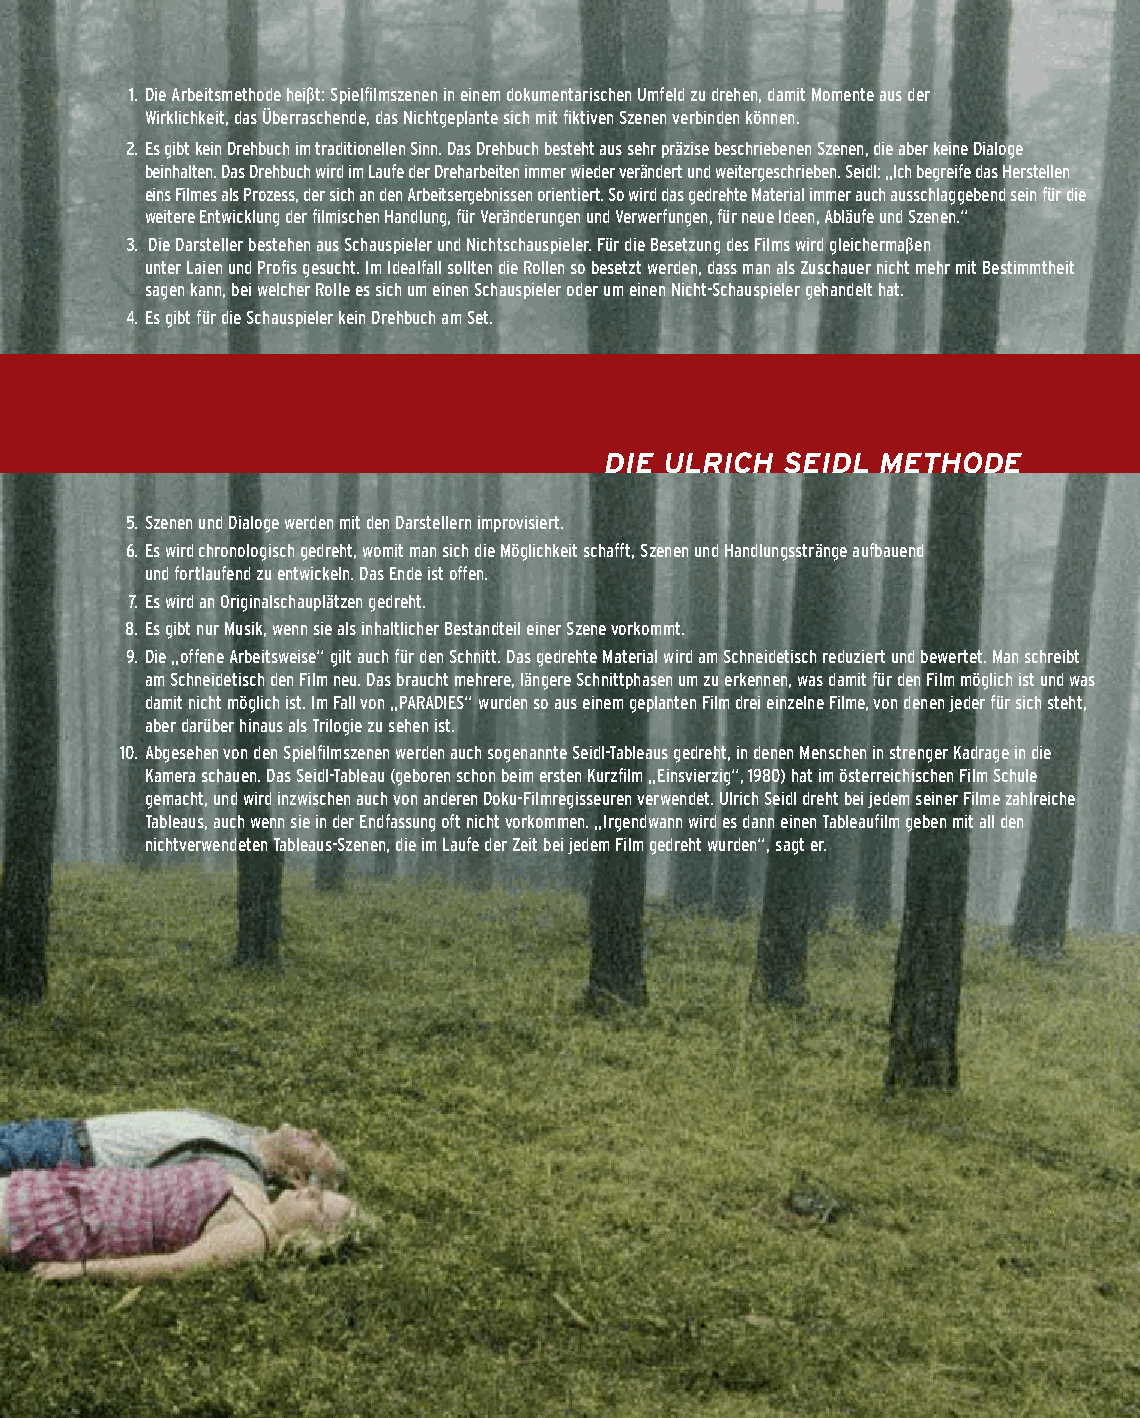
1. Die Arbeitsmethode heißt: Spielfilmszenen in einem dokumentarischen Umfeld zu drehen, damit Momente aus der
 Wirklichkeit, das Überraschende, das Nichtgeplante sich mit fiktiven Szenen verbinden können.
 2. Es gibt kein Drehbuch im traditionellen Sinn. Das Drehbuch besteht aus sehr präzise beschriebenen Szenen, die aber keine Dialoge
 beinhalten. Das Drehbuch wird im Laufe der Dreharbeiten immer wieder verändert und weitergeschrieben. Seidl: „Ich begreife das Herstellen
 eins Filmes als Prozess, der sich an den Arbeitsergebnissen orientiert. So wird das gedrehte Material immer auch ausschlaggebend sein für die
 weitere Entwicklung der filmischen Handlung, für Veränderungen und Verwerfungen, für neue Ideen, Abläufe und Szenen.“
 3. Die Darsteller bestehen aus Schauspieler und Nichtschauspieler. Für die Besetzung des Films wird gleichermaßen
 unter Laien und Profis gesucht. Im Idealfall sollten die Rollen so besetzt werden, dass man als Zuschauer nicht mehr mit Bestimmtheit
 sagen kann, bei welcher Rolle es sich um einen Schauspieler oder um einen Nicht-Schauspieler gehandelt hat.
 4. Es gibt für die Schauspieler kein Drehbuch am Set.
 DIe ulRICH  SeIDl MetHoDe
 5. Szenen und Dialoge werden mit den Darstellern improvisiert.
 6. Es wird chronologisch gedreht, womit man sich die Möglichkeit schafft, Szenen und Handlungsstränge aufbauend
 und fortlaufend zu entwickeln. Das Ende ist offen.
 7. Es wird an Originalschauplätzen gedreht.
 8. Es gibt nur Musik, wenn sie als inhaltlicher Bestandteil einer Szene vorkommt.
 9. Die „offene Arbeitsweise“ gilt auch für den Schnitt. Das gedrehte Material wird am Schneidetisch reduziert und bewertet. Man schreibt
 am Schneidetisch den Film neu. Das braucht mehrere, längere Schnittphasen um zu erkennen, was damit für den Film möglich ist und was
 damit nicht möglich ist. Im Fall von „PARADIES“ wurden so aus einem geplanten Film drei einzelne Filme, von denen jeder für sich steht,
 aber darüber hinaus als Trilogie zu sehen ist.
 10. Abgesehen von den Spielfilmszenen werden auch sogenannte Seidl-Tableaus gedreht, in denen Menschen in strenger Kadrage in die
 Kamera schauen. Das Seidl-Tableau (geboren schon beim ersten Kurzfilm „Einsvierzig“, 1980) hat im österreichischen Film Schule
 gemacht, und wird inzwischen auch von anderen Doku-Filmregisseuren verwendet. Ulrich Seidl dreht bei jedem seiner Filme zahlreiche
 Tableaus, auch wenn sie in der Endfassung oft nicht vorkommen. „Irgendwann wird es dann einen Tableaufilm geben mit all den
 nichtverwendeten Tableaus-Szenen, die im Laufe der Zeit bei jedem Film gedreht wurden“, sagt er.